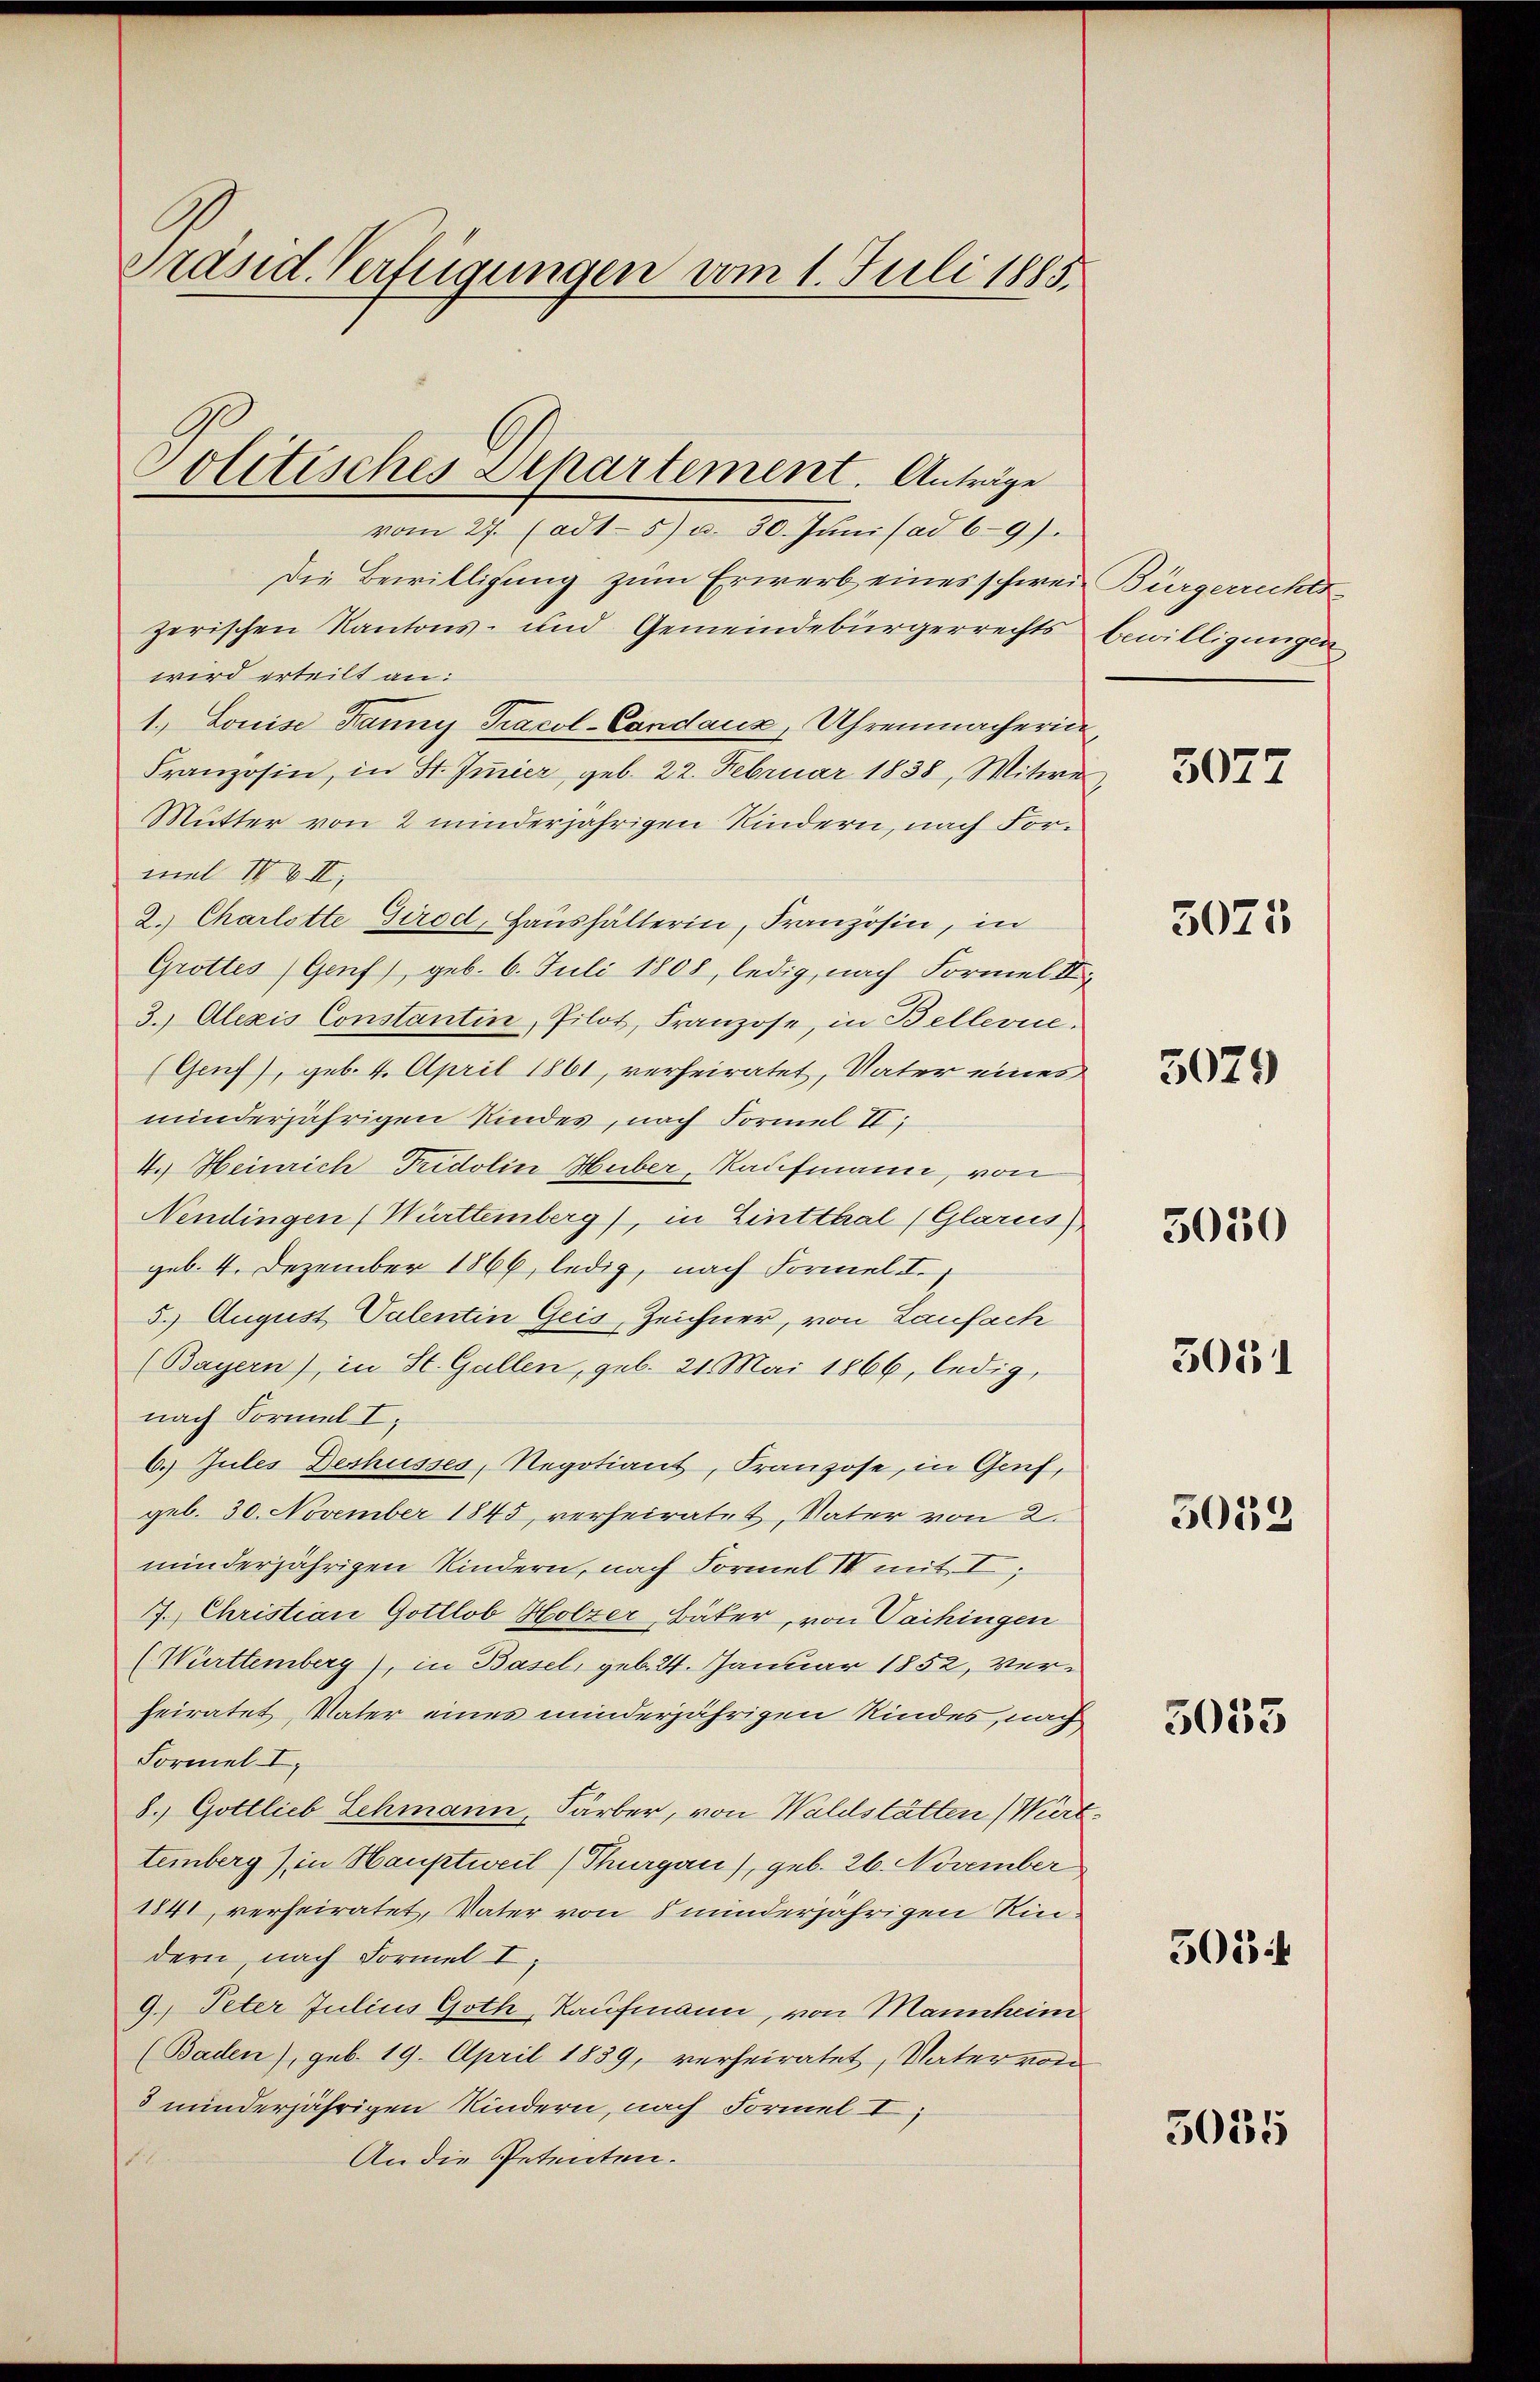
Präsid. Verfügungen vom 1. Juli 1885.

Die Bewilligung zum Erwerb eines schweizerischen Kantons- und Gemeindebürgerrechts
wird erteilt an:
1. Louise Tanny Pracol-Candaux, Uhrenmacherin
Franzosen, in St. Immier, geb. 22. Februar 1838, Mitwe,
Mutter von 2 minderjährigen Kindern, nach Formel IV VII,
2. Charlotte Girod, Haushälterin, Französin, in
Grottes (Genf), geb. 6. Juli 1808, ledig, nach Formel III
3. Alexis Constantin, Pilot, Franzose, in Bellerie-
(Genf), geb. 4. April 1861, verheiratet, Vater eines
minderjährigen Kindes, nach Formel II,
4.) Heinrich Tridolin Huber, Kaufmann, von
Nendingen (Württemberg), in Lintthal (Glarus
geb. 4. Dezember 1866, ledig, nach Formel II.
5. August Valentin Geis, Zeichner, von Laufach
(Bayern), in St. Gallen, geb. 21. Mai 1866, ledig,
nach Formel I.
6. Jules Deshusses, Negotiant, Franzose, in Genf,
geb. 30. November 1845, verheiratet, Vater von 2.
minderjährigen Kindern, nach Formel II mit I
7. Christian Gottlob Holzer, Bäker, von Vaihingen
(Württemberg), in Basel, geb. 24. Januar 1852, verheiratet, Vater eines minderjährigen Kindes, nach
Formel I
8. Gottlieb Schmann, Färber, von Waldstätten (Wird
temberg & in Hauptweil) Thurgau), geb. 26. November
1841, verheiratet, Vater von 8 minderjährigen Rindern nach Formel I,
9.) Peter Julius Goth, Kaufmann, von Mannheim
(Baden), geb. 19. April 1839, verheiratet, Vater von
3 minderjährigen Kindern, nach Formel I
An die Petenten.
r

Politisches Departement. Anträge
vom 27. (adt.5) u. 30. Jŭni (ad 69).

Bürgerrecher
bewilligungen

5077

5025

3029

5050

3051

5013

5053

505

5035